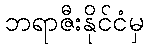
ဘရာဇီးနိုင်ငံမှ